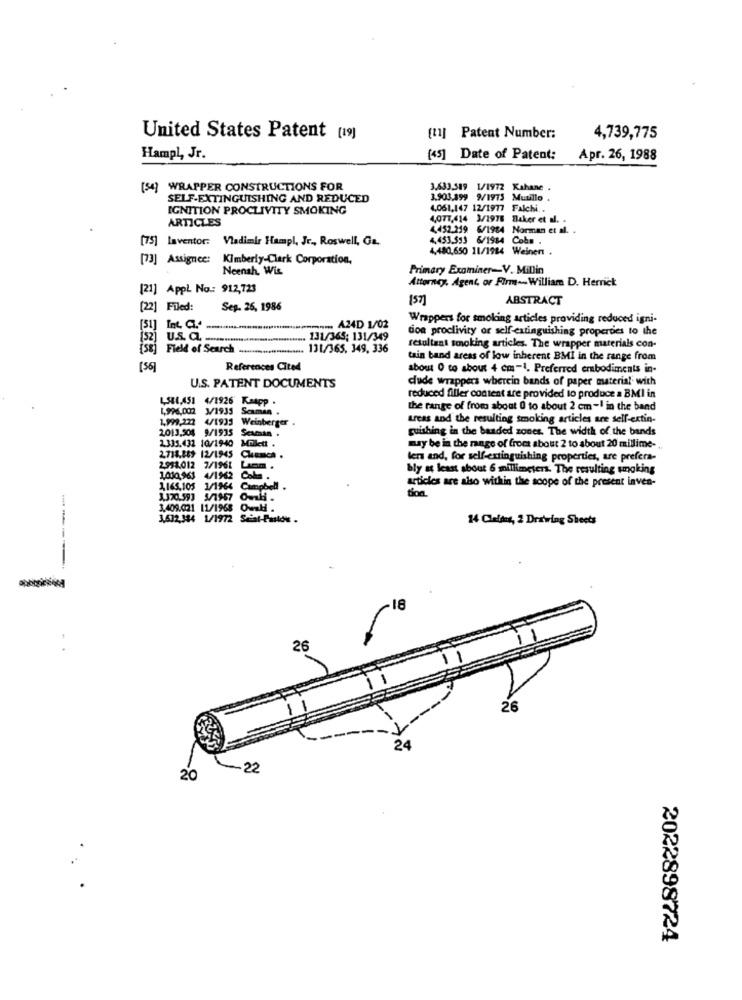
United States Patent [19]
[11] Patent Number:
4,739,775
Hampl, Jr.
[45] Date of Patent:
Apr. 26, 1988
[54) WRAPPER CONSTRUCTIONS FOR
3.633,589 1/1972 Kahane .
SELF-EXTINGUISHING AND REDUCED
3.903,199 9/1975 Murillo .
IGNITION PROCLIVITY SMOKING
4,051,147 12/1977 Falchi ..
ARTICLES
4,077,414 3/1976 Baker et al.
4,452.219 6/1984 Norman et al.
[75] laventor: Vladimir Hampl, Jr ., Roswell, Ga.
4,453.553 6/1984 Cobm .
4,480,650 11/1984 Weinen .
[73] Assignee:
Kimberly-Clark Corporation,
Neenah, Wis
Primary Examiner-V. Millin
Attorney. Agent, or Firm-William D. Herrick
[21] AppL No .: 912,723
157]
ABSTRACT
[22] Filed:
Sep. 26, 1986
Wrappers for smoking articles providing reduced igni-
[51] Int Q .. .........................----.... A24D 1/02
don proclivity or self-extinguishing properdes to the
u.s. a .
131/365; 131/349
Field of Search
**********....... 131/365, 349, 336
resultant smoking articles. The wrapper materials con-
tain band areas of low inherent BMI in the range from
EE EEECES
References Cited
about O to about 4 cm-1. Preferred embodiments in-
dude wrappers wherein bands of paper material with
U.S. PATENT DOCUMENTS
L581,451 4/1926 KaApp .
reduced filler content are provided to produce a BMI in
1,996,002 3/1935
Scamin
the range of from about 0 to about 2 cm -I in the band
1,999,222 4/1933 Weinberger
areas and the resulting smoking articles are sell-extin-
2013,504 9/1935 Scarsan .
guishing in the banded zones. The width of the bands
2.335.432 10/1940 Mmlett .
may be in the range of from about 2 to about 20 millime- ..
2,718.15$ 12/1945 Chumca .
lens and, for self-extinguishing properties, are prefera-
2991.012 7/1961
bly at least about 6 millimeters. The resulting smoking
1,030,963 4/1962
obs.
articles are also within the scope of the present inven-
1,165,105 1/1964 Campbell .
3,370.593 5/1947 OmH .
3,409.021 11/1968 OwH .
3,632,344 1/1972 Scial-Paulde .
14 Clelens, 2 Drawing Sheets
18
26
26
24
- 22
20
2022898724